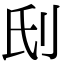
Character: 𠛊